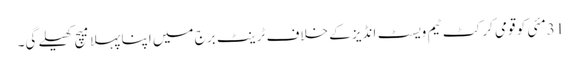
31مئی کو قومی کرکٹ ٹیم ویسٹ انڈیز کے خلاف ٹرینٹ برج میں اپنا پہلا میچ کھیلے گی۔